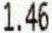
1.46